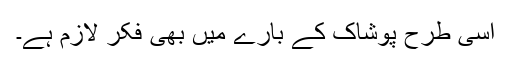
اسی طرح پوشاک کے بارے میں بھی فکر لازم ہے۔